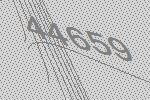
44659